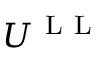
U ^ { \mathrm { ~ L ~ L ~ } }